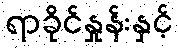
ရာခိုင်နှုန်းနှင့်